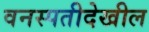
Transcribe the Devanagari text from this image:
वनस्पतीदेखील